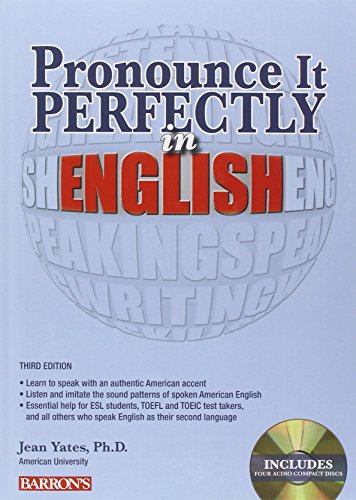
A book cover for Pronounce it Perfectly in English with Audio CDs (Pronounce It Perfectly CD Packages); Jean Yates; Reference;